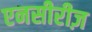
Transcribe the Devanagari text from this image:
एनसीरीज़